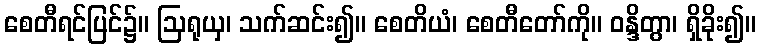
စေတီရင်ပြင်၌။ ဩရုယှ၊ သက်ဆင်း၍။ စေတိယံ၊ စေတီတော်ကို။ ဝန္ဒိတွာ၊ ရှိခိုး၍။